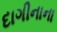
દાગીનાના